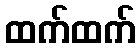
ထက်ထက်